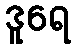
ဒူရေ